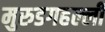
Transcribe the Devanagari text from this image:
मुरुडगहल्ली